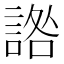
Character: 䛮